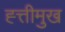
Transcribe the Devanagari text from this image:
ह्त्तीमुख